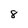
Character: 8